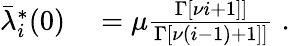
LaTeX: \begin{array}{rl}{\bar{\lambda}_{i}^{*}(0)}&{{}=\mu\frac{\Gamma\left[\nu i+1]\right]}{\Gamma\left[\nu(i-1)+1]\right]}\; .}\end{array}